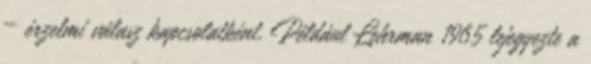
– érzelmi válasz kapcsolatként. Például Lehrman 1965 lejegyezte a